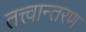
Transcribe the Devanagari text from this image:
तत्त्वान्तरण